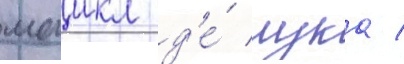
маикл д'е́ лука /